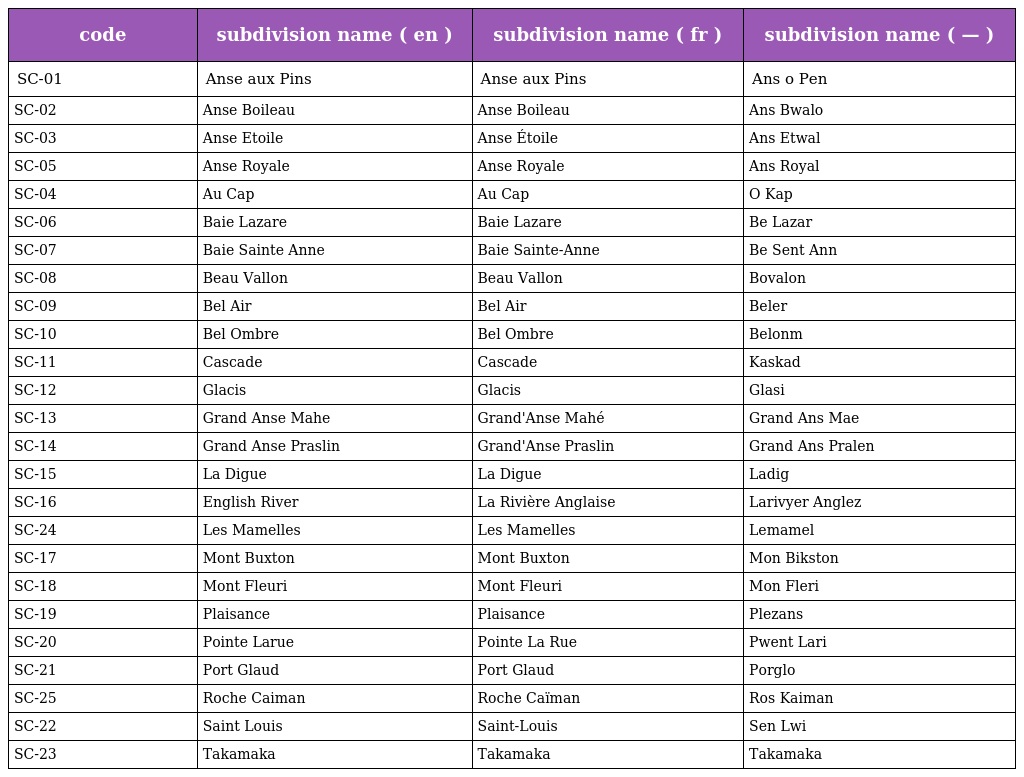
| code | subdivision name ( en ) | subdivision name ( fr ) | subdivision name ( — ) |
 | --- | --- | --- | --- |
 | SC-01 | Anse aux Pins | Anse aux Pins | Ans o Pen |
 | SC-02 | Anse Boileau | Anse Boileau | Ans Bwalo |
 | SC-03 | Anse Etoile | Anse Étoile | Ans Etwal |
 | SC-05 | Anse Royale | Anse Royale | Ans Royal |
 | SC-04 | Au Cap | Au Cap | O Kap |
 | SC-06 | Baie Lazare | Baie Lazare | Be Lazar |
 | SC-07 | Baie Sainte Anne | Baie Sainte-Anne | Be Sent Ann |
 | SC-08 | Beau Vallon | Beau Vallon | Bovalon |
 | SC-09 | Bel Air | Bel Air | Beler |
 | SC-10 | Bel Ombre | Bel Ombre | Belonm |
 | SC-11 | Cascade | Cascade | Kaskad |
 | SC-12 | Glacis | Glacis | Glasi |
 | SC-13 | Grand Anse Mahe | Grand'Anse Mahé | Grand Ans Mae |
 | SC-14 | Grand Anse Praslin | Grand'Anse Praslin | Grand Ans Pralen |
 | SC-15 | La Digue | La Digue | Ladig |
 | SC-16 | English River | La Rivière Anglaise | Larivyer Anglez |
 | SC-24 | Les Mamelles | Les Mamelles | Lemamel |
 | SC-17 | Mont Buxton | Mont Buxton | Mon Bikston |
 | SC-18 | Mont Fleuri | Mont Fleuri | Mon Fleri |
 | SC-19 | Plaisance | Plaisance | Plezans |
 | SC-20 | Pointe Larue | Pointe La Rue | Pwent Lari |
 | SC-21 | Port Glaud | Port Glaud | Porglo |
 | SC-25 | Roche Caiman | Roche Caïman | Ros Kaiman |
 | SC-22 | Saint Louis | Saint-Louis | Sen Lwi |
 | SC-23 | Takamaka | Takamaka | Takamaka |